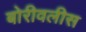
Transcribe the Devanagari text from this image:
बोरीवलीस